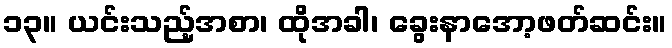
၁၃။ ယင်းသည့်အစာ၊ ထိုအခါ၊ ခွေးနာအော့ဖတ်ဆင်း။